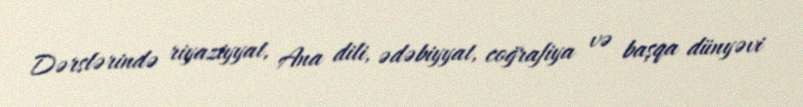
Dərslərində riyaziyyat, Ana dili, ədəbiyyat, coğrafiya və başqa dünyəvi